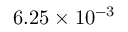
6 . 2 5 \times 1 0 ^ { - 3 }